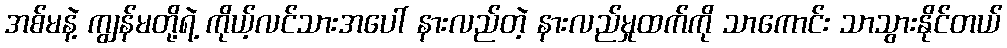
အစ်မနဲ့ ကျွန်မတို့ရဲ့ ကိုယ့်လင်သားအပေါ် နားလည်တဲ့ နားလည်မှုထက်ကို သာကောင်း သာသွားနိုင်တယ်